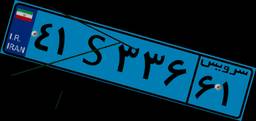
۶۹S۰۵۱۸۹